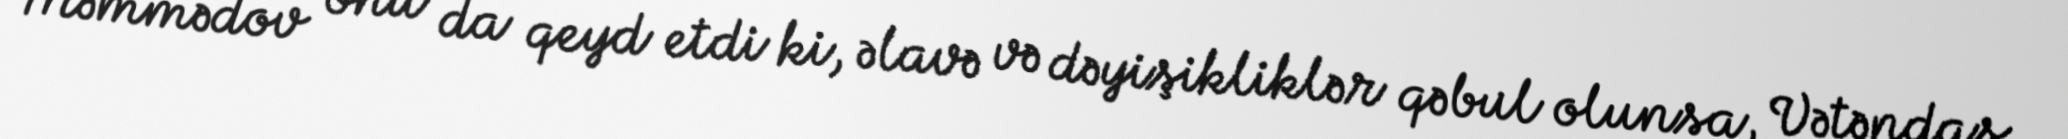
Məmmədov onu da qeyd etdi ki, əlavə və dəyişikliklər qəbul olunsa, Vətəndaş